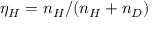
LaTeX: \eta _ { H } = n _ { H } / ( n _ { H } + n _ { D } )